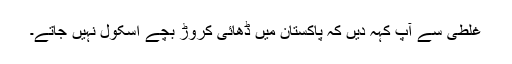
غلطی سے آپ کہہ دیں کہ پاکستان میں ڈھائی کروڑ بچے اسکول نہیں جاتے۔